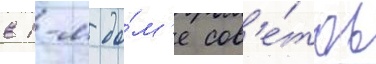
в 1-м до́м'е сов'е́тов